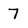
Character: 7